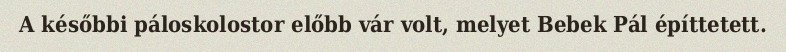
A későbbi páloskolostor előbb vár volt, melyet Bebek Pál építtetett.